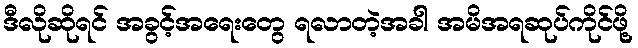
ဒီလိုဆိုရင် အခွင့်အရေးတွေ ရလာတဲ့အခါ အမိအရဆုပ်ကိုင်ဖို့